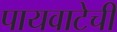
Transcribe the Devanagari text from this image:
पायवाटेची